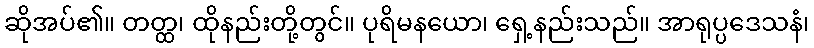
ဆိုအပ်၏။ တတ္ထ၊ ထိုနည်းတို့တွင်။ ပုရိမနယော၊ ရှေ့နည်းသည်။ အာရုပ္ပဒေသနံ၊